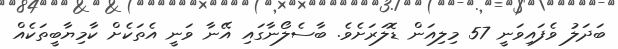
ބަދަލު ވެފައިވަނީ 57 މިލިއަން ޑޮލަރަށެވެ. ބާސެލޯނާގައި އޭނާ ވަނީ އެތަކެށް ކާމިޔާބީތަކެއް